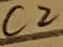
Text: C2